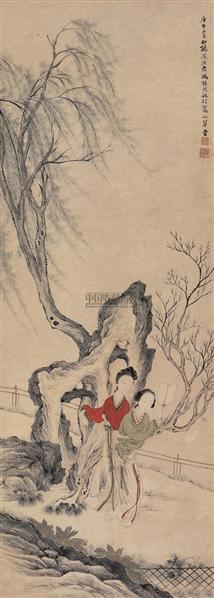
骚屑西风弄晚寒，翠袖倚阑干。